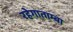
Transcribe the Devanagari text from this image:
रहेगाताम्बा